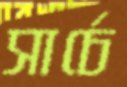
সার্চে